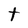
Character: t